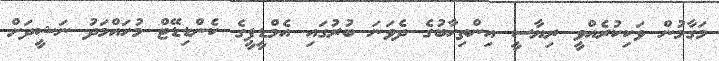
މަގާމުން ވަކިކުރެއްވީ ރިޔާސީ އިންތިހާބުގެ ދެވަނަ ބުރުގައި އެމްޑީޕީގެ ކެންޑިޑޭޓް މުހައްމަދު ނަޝީދަށް